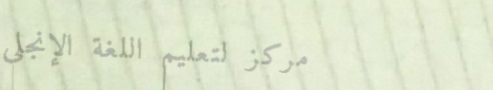
مركز لتعليم اللغة الإنجلي